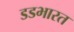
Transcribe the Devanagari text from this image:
डडभारत